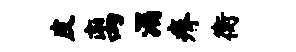
皮离漏瘠衡